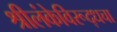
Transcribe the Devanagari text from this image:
श्रीलंकेविरूद्धचा